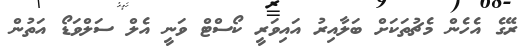
ރޭގެ އެހެން މެޗުތަކަށް ބަލާއިރު އައިވަރީ ކޯސްޓް ވަނީ އެލް ސަލްވަޑޯ އަތުން